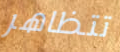
تتظاهر